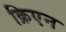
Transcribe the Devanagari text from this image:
क्रिएन